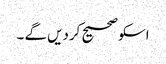
اسکو صحیح کردیں گے ۔